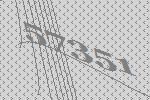
57351